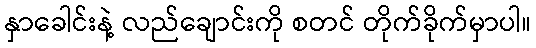
နှာခေါင်းနဲ့ လည်ချောင်းကို စတင် တိုက်ခိုက်မှာပါ။